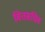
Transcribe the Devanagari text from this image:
वित्तसचिव